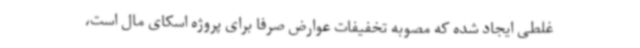
غلطی ایجاد شده که مصوبه تخفیفات عوارض صرفاً برای پروژه اسکای مال است،